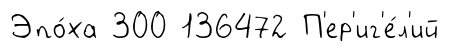
Эпо́ха 300 136472 П'ер'иг'е́л'ий